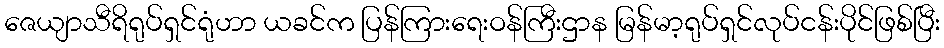
ဇေယျာသီရိရုပ်ရှင်ရုံဟာ ယခင်က ပြန်ကြားရေးဝန်ကြီးဌာန မြန်မာ့ရုပ်ရှင်လုပ်ငန်းပိုင်ဖြစ်ပြီး